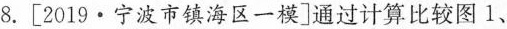
8.[2019·宁波市镇海区一模]通过计算比较图1、